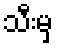
သီးမှ